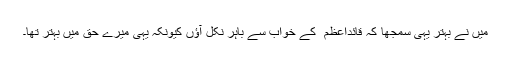
میں نے بہتر یہی سمجھا کہ قائداعظم ؒ کے خواب سے باہر نکل آؤں کیونکہ یہی میرے حق میں بہتر تھا۔